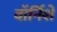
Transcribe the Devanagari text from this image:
वॉर्निशे